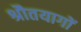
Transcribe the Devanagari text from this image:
श्रौतयागों